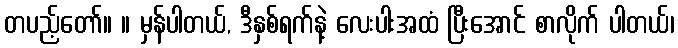
တပည့်တော်။ ။ မှန်ပါတယ်, ဒီနှစ်ရက်နဲ့ လေးပါးအထံ ပြီးအောင် စာလိုက် ပါတယ်၊